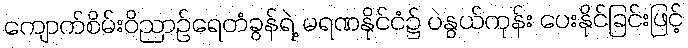
ကျောက်စိမ်းဝိညာဉ်ရေတံခွန်ရဲ့ မရဏနိုင်ငံ၌ ပဲနွယ်ကုန်း ပေးနိုင်ခြင်းဖြင့်